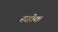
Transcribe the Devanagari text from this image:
रुडोक